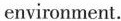
environment.